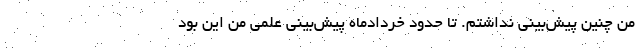
من چنین پیش‌بینی نداشتم. تا حدود خردادماه پیش‌بینی علمی من این بود